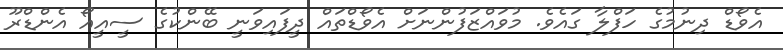
އެވޯޑް ދިނުމުގެ ހަފްލާ ގައެވެ. މުވައްޒަފުންނަށް އެވޯޑްތައް ދީފައިވަނީ ބޭންކުގެ ސީއީއޯ އެންޑްރޫ